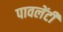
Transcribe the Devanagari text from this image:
पावलेंटी